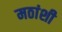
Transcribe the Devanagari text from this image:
मठांशी